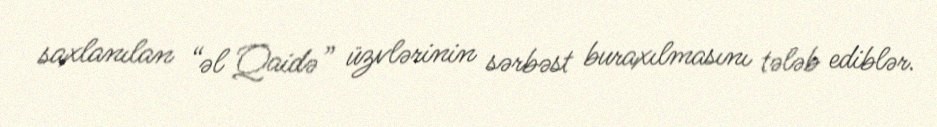
saxlanılan “əl Qaidə” üzvlərinin sərbəst buraxılmasını tələb ediblər.